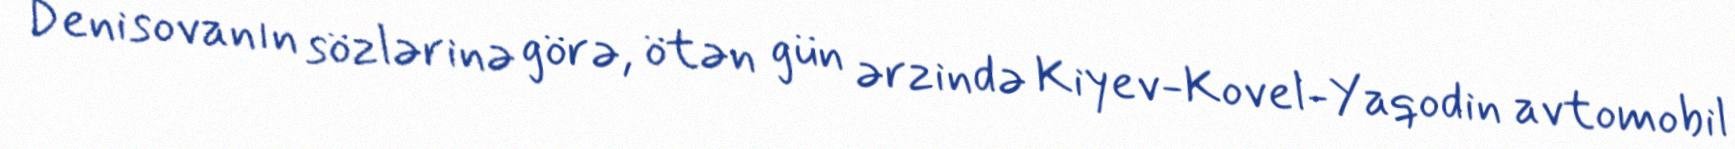
Denisovanın sözlərinə görə, ötən gün ərzində Kiyev-Kovel-Yaqodin avtomobil